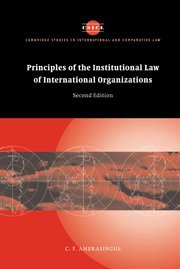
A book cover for Principles of the Institutional Law of International Organizations (Cambridge Studies in International and Comparative Law); C. F. Amerasinghe; Law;